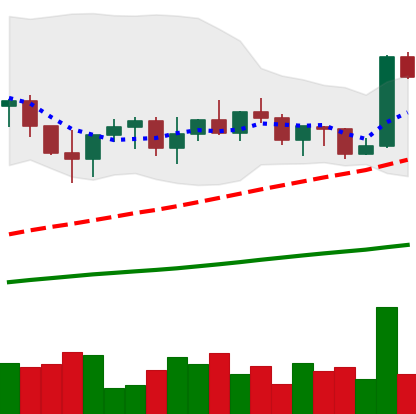
Ticker: XRP-USD
Chart end date: 2022-11-05
Forward return: -19.789%
Label: down_7plus